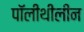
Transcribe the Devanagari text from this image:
पॉलीथीलीन